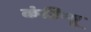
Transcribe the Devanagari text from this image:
कंटिन्यू